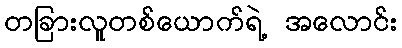
တခြားလူတစ်ယောက်ရဲ့ အလောင်း